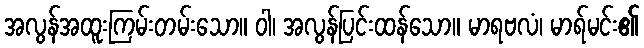
အလွန်အထူးကြမ်းတမ်းသော။ ဝါ၊ အလွန်ပြင်းထန်သော။ မာရဗလံ၊ မာရ်မင်း၏